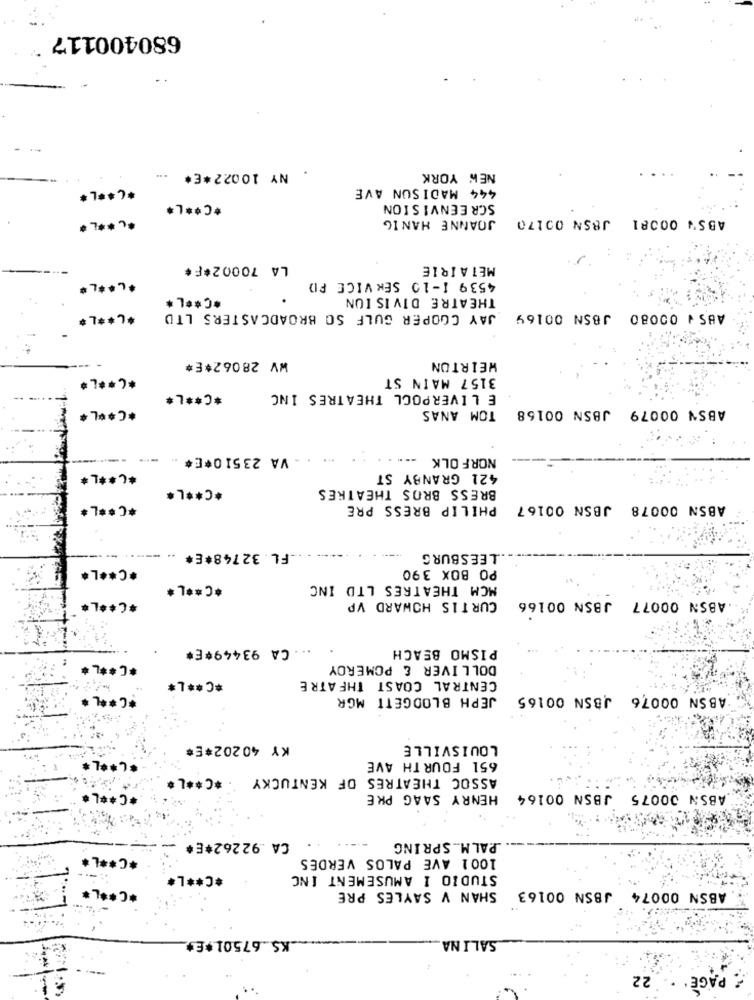
680400117
NY 10022*E*
NEW YORK
444 MADISON AVE
*C ** L*
*C ** L*
SCREENVISION
JOANNE HANIG
ABS' 00081 JBSN 00170
LA 70002*F#
METAIRIE
4539 1-10 SERVICE PD
*C ** L *
THEATRE DIVISION
*.** L*
JAY COOPER GULF SO BROADCASTERS LTD
ABS + 00080 JBSN 00169
WV 28062*E*
WEIRTON
*C ** L*
3157 MAIN ST
*C ** L*
E LIVERPOOL THEATRES INC
ABSN 00079 JBSN 00158
*C ** L*
TOM ANAS
** - VA 23510*E# ..
NORFOLK
*C ** L*
421 GRANBY ST
*C ** L*
BRESS BROS THEATRES
*C ** L*
PHILIP BRESS PRE
ABSN 00078 JBSN 00167
------
LFL.32748*E*
LEESBURG
*C ** L*
PO BOX 390
*C ** L*
MCM THEATRES LTD INC
*C ** L*
CURTIS HOWARD VP
ABSN 00077 JBSN 00166
CA 93449*E*
PISMO BEACH
*C ***
DOLLIVER & POMEROY
*C ** L*
CENTRAL COAST THEATRE
*C ***
JEPH BLODGETT MGR
ABSN 00076 JBSN 00165
KY 40202*E*
LOUISVILLE
651 FOUR TH AVE
ASSOC THEATRES OF KENTUCKY *C ** L*
*C ** L*
HENRY SAAG PRE
ABSN 00075 JBSN 00164
CA .92262*E*
P.ALM. SPRING
*C ** L*
1001 AVE PALOS VERDES
*C ** L*
STUDIO 1 AMUSEMENT INC
*C ** L*
ABSN 00074 JBSN 00163
SHAN V SAYLES PRE
.KS .67501+E+
SALINA
:22
PAGE